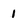
Character: 1